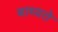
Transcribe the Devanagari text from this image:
बाध्यते